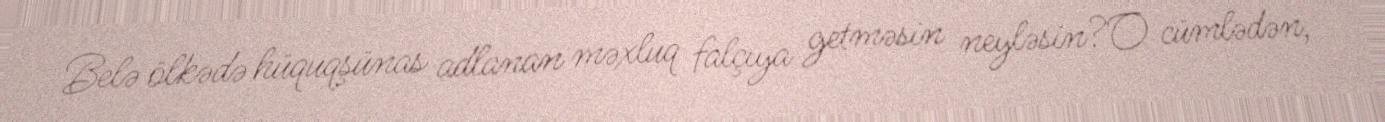
Belə ölkədə hüquqşünas adlanan məxluq falçıya getməsin neyləsin?O cümlədən,